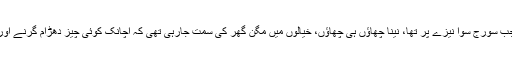
تب عین دوپہر کے وقت جب سورج سوا نیزے پر تھا، نینا چھاؤں ہی چھاؤں، خیالوں میں مگن گھر کی سمت جارہی تھی کہ اچانک کوئی چیز دھڑام گرنے اور پھڑپھڑانے کی آواز آئی۔